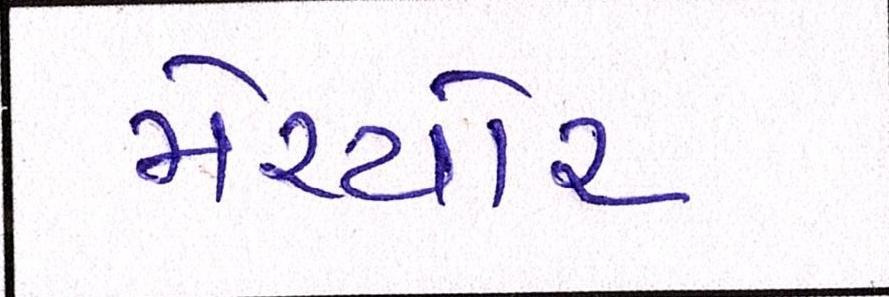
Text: મેચ્યોર